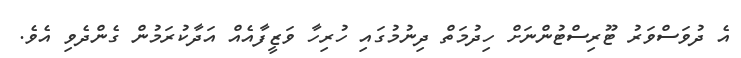
އެ ދުވަސްވަރު ޓޫރިސްޓުންނަށް ހިދުމަތް ދިނުމުގައި ހުރިހާ ވަޒީފާއެއް އަދާކުރަމުން ގެންދެވި އެވެ.